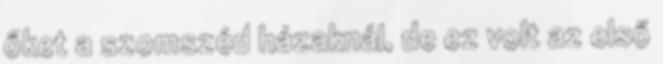
őket a szomszéd házaknál, de ez volt az első